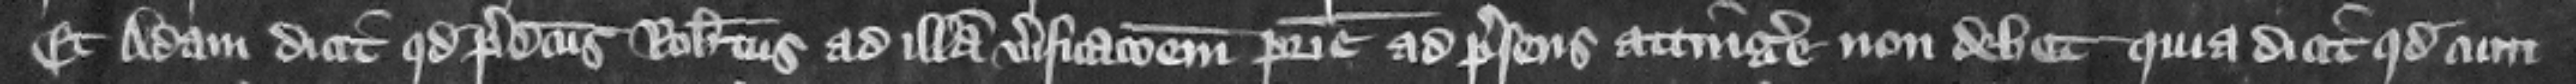
Et Adam dicit quod predictus Robertus ad illam verificacionem patrie ad presens attingere non debet quia dicit quod cum